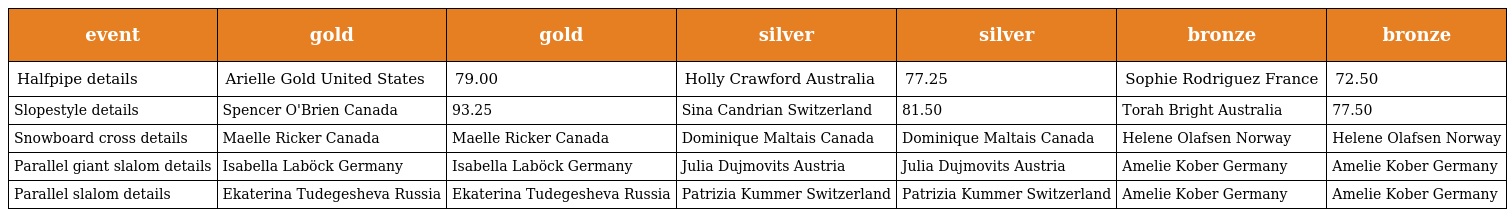
| event | gold | gold | silver | silver | bronze | bronze |
 | --- | --- | --- | --- | --- | --- | --- |
 | Halfpipe details | Arielle Gold United States | 79.00 | Holly Crawford Australia | 77.25 | Sophie Rodriguez France | 72.50 |
 | Slopestyle details | Spencer O'Brien Canada | 93.25 | Sina Candrian Switzerland | 81.50 | Torah Bright Australia | 77.50 |
 | Snowboard cross details | Maelle Ricker Canada | Maelle Ricker Canada | Dominique Maltais Canada | Dominique Maltais Canada | Helene Olafsen Norway | Helene Olafsen Norway |
 | Parallel giant slalom details | Isabella Laböck Germany | Isabella Laböck Germany | Julia Dujmovits Austria | Julia Dujmovits Austria | Amelie Kober Germany | Amelie Kober Germany |
 | Parallel slalom details | Ekaterina Tudegesheva Russia | Ekaterina Tudegesheva Russia | Patrizia Kummer Switzerland | Patrizia Kummer Switzerland | Amelie Kober Germany | Amelie Kober Germany |